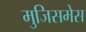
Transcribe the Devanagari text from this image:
मुजिसमेस